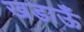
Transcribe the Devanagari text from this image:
खडाऊँ